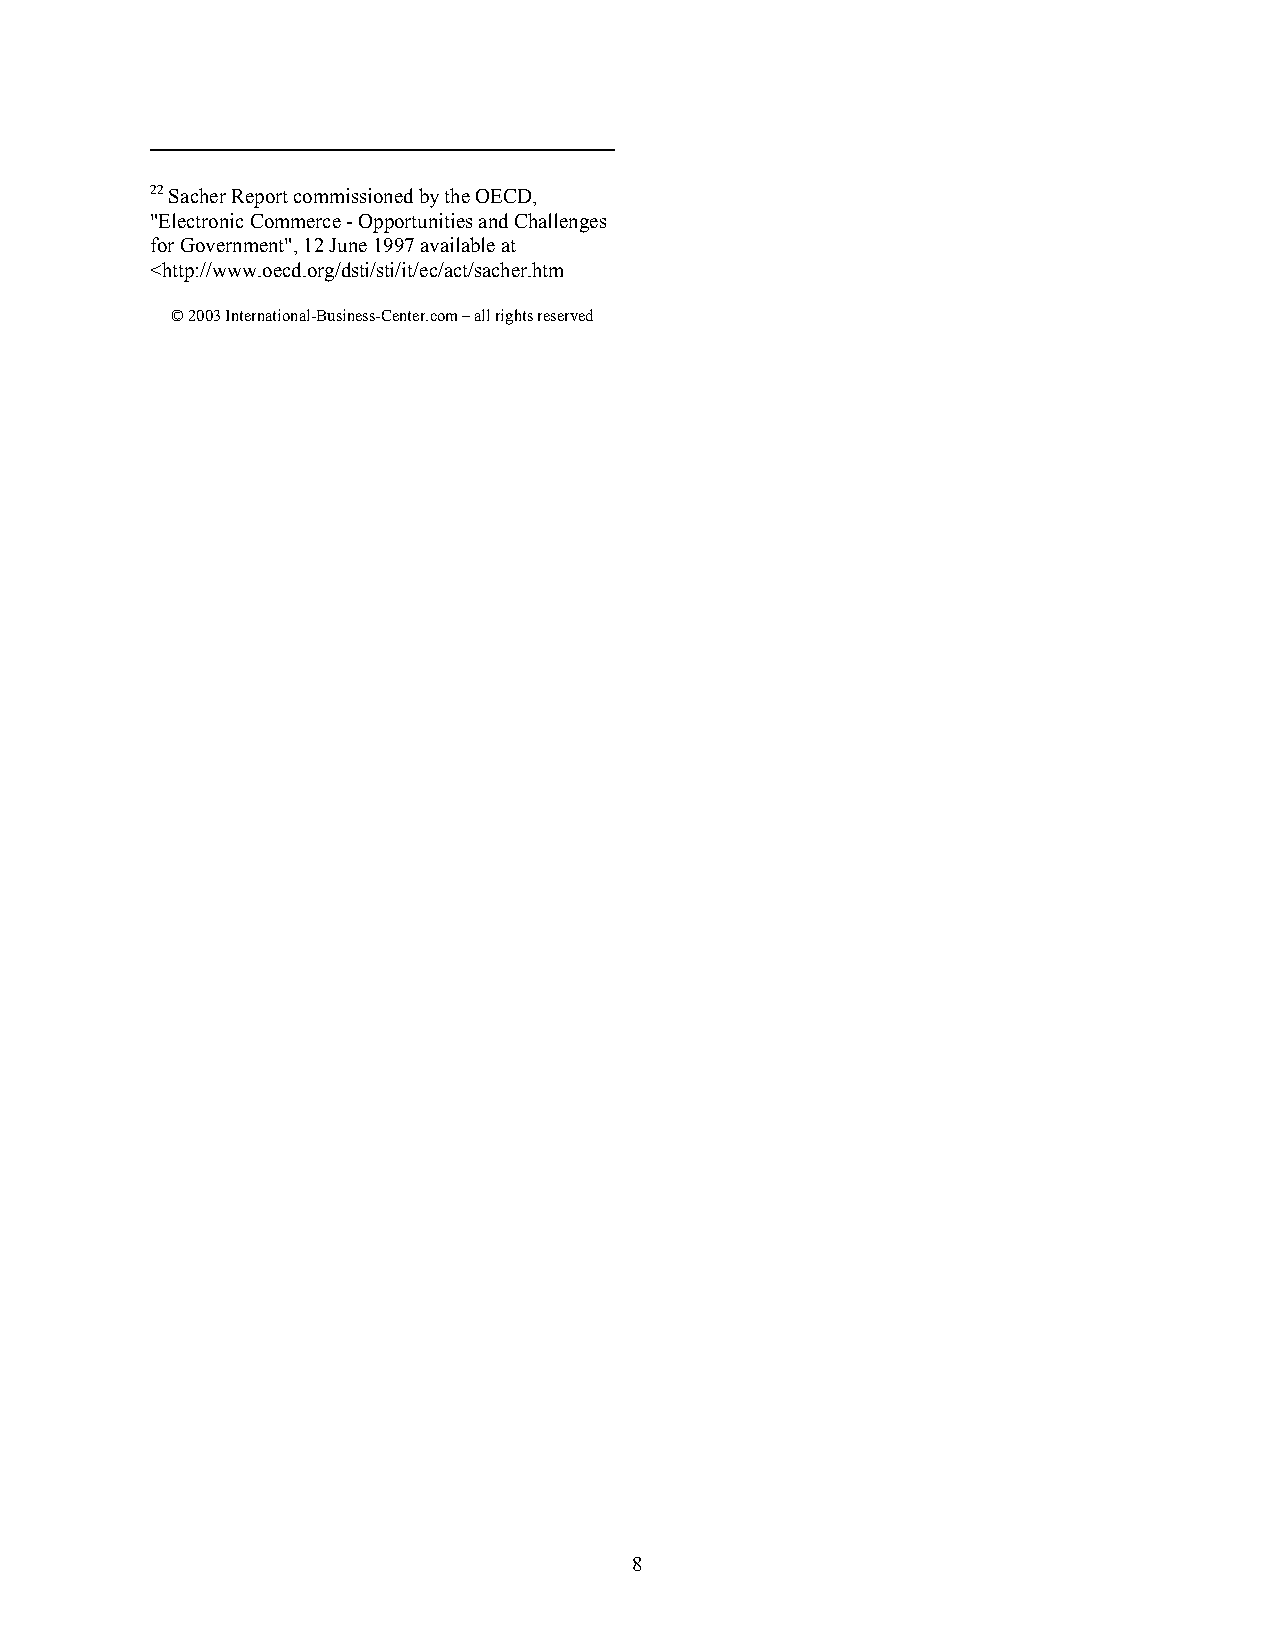
22 Sacher Report commissioned by the OECD,
 "Electronic Commerce - Opportunities and Challenges
 for Government", 12 June 1997 available at
 <http://www.oecd.org/dsti/sti/it/ec/act/sacher.htm
 © 2003 International-Business-Center.com – all rights reserved
 8